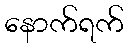
နောက်ရက်